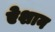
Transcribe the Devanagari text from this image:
ऐशान